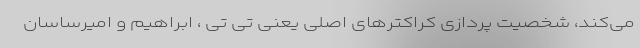
می‌کند، شخصیت پردازی کراکترهای اصلی یعنی تی تی ، ابراهیم و امیرساسان